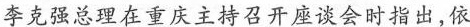
李克强总理在重庆主持召开座谈会时指出，依